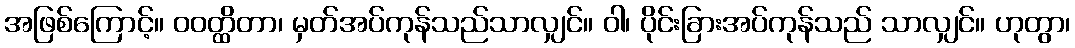
အဖြစ်ကြောင့်။ ဝဝတ္ထိတာ၊ မှတ်အပ်ကုန်သည်သာလျှင်။ ဝါ၊ ပိုင်းခြားအပ်ကုန်သည် သာလျှင်။ ဟုတွာ၊